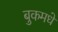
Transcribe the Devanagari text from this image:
बुकमधे